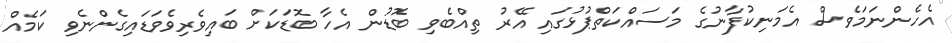
އެހެންނަމަވެސް އެމަނިކުފާނުގެ މަސައްކަތްޕުޅުގައި އޭރު ތިއްބެވި ބޮޑުން އެހާ ބޮޑަކަށް ބައިވެރިވެވަޑައިގެންނެވި ކަމެއް